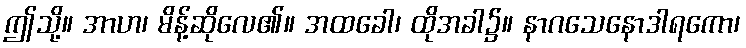
ဤသို့။ အာဟ၊ မိန့်ဆိုလေ၏။ အထခေါ၊ ထိုအခါ၌။ နာဂသေနောဒါရကော၊